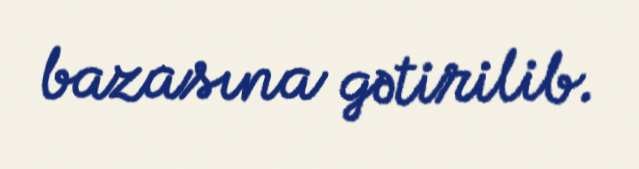
bazasına gətirilib.